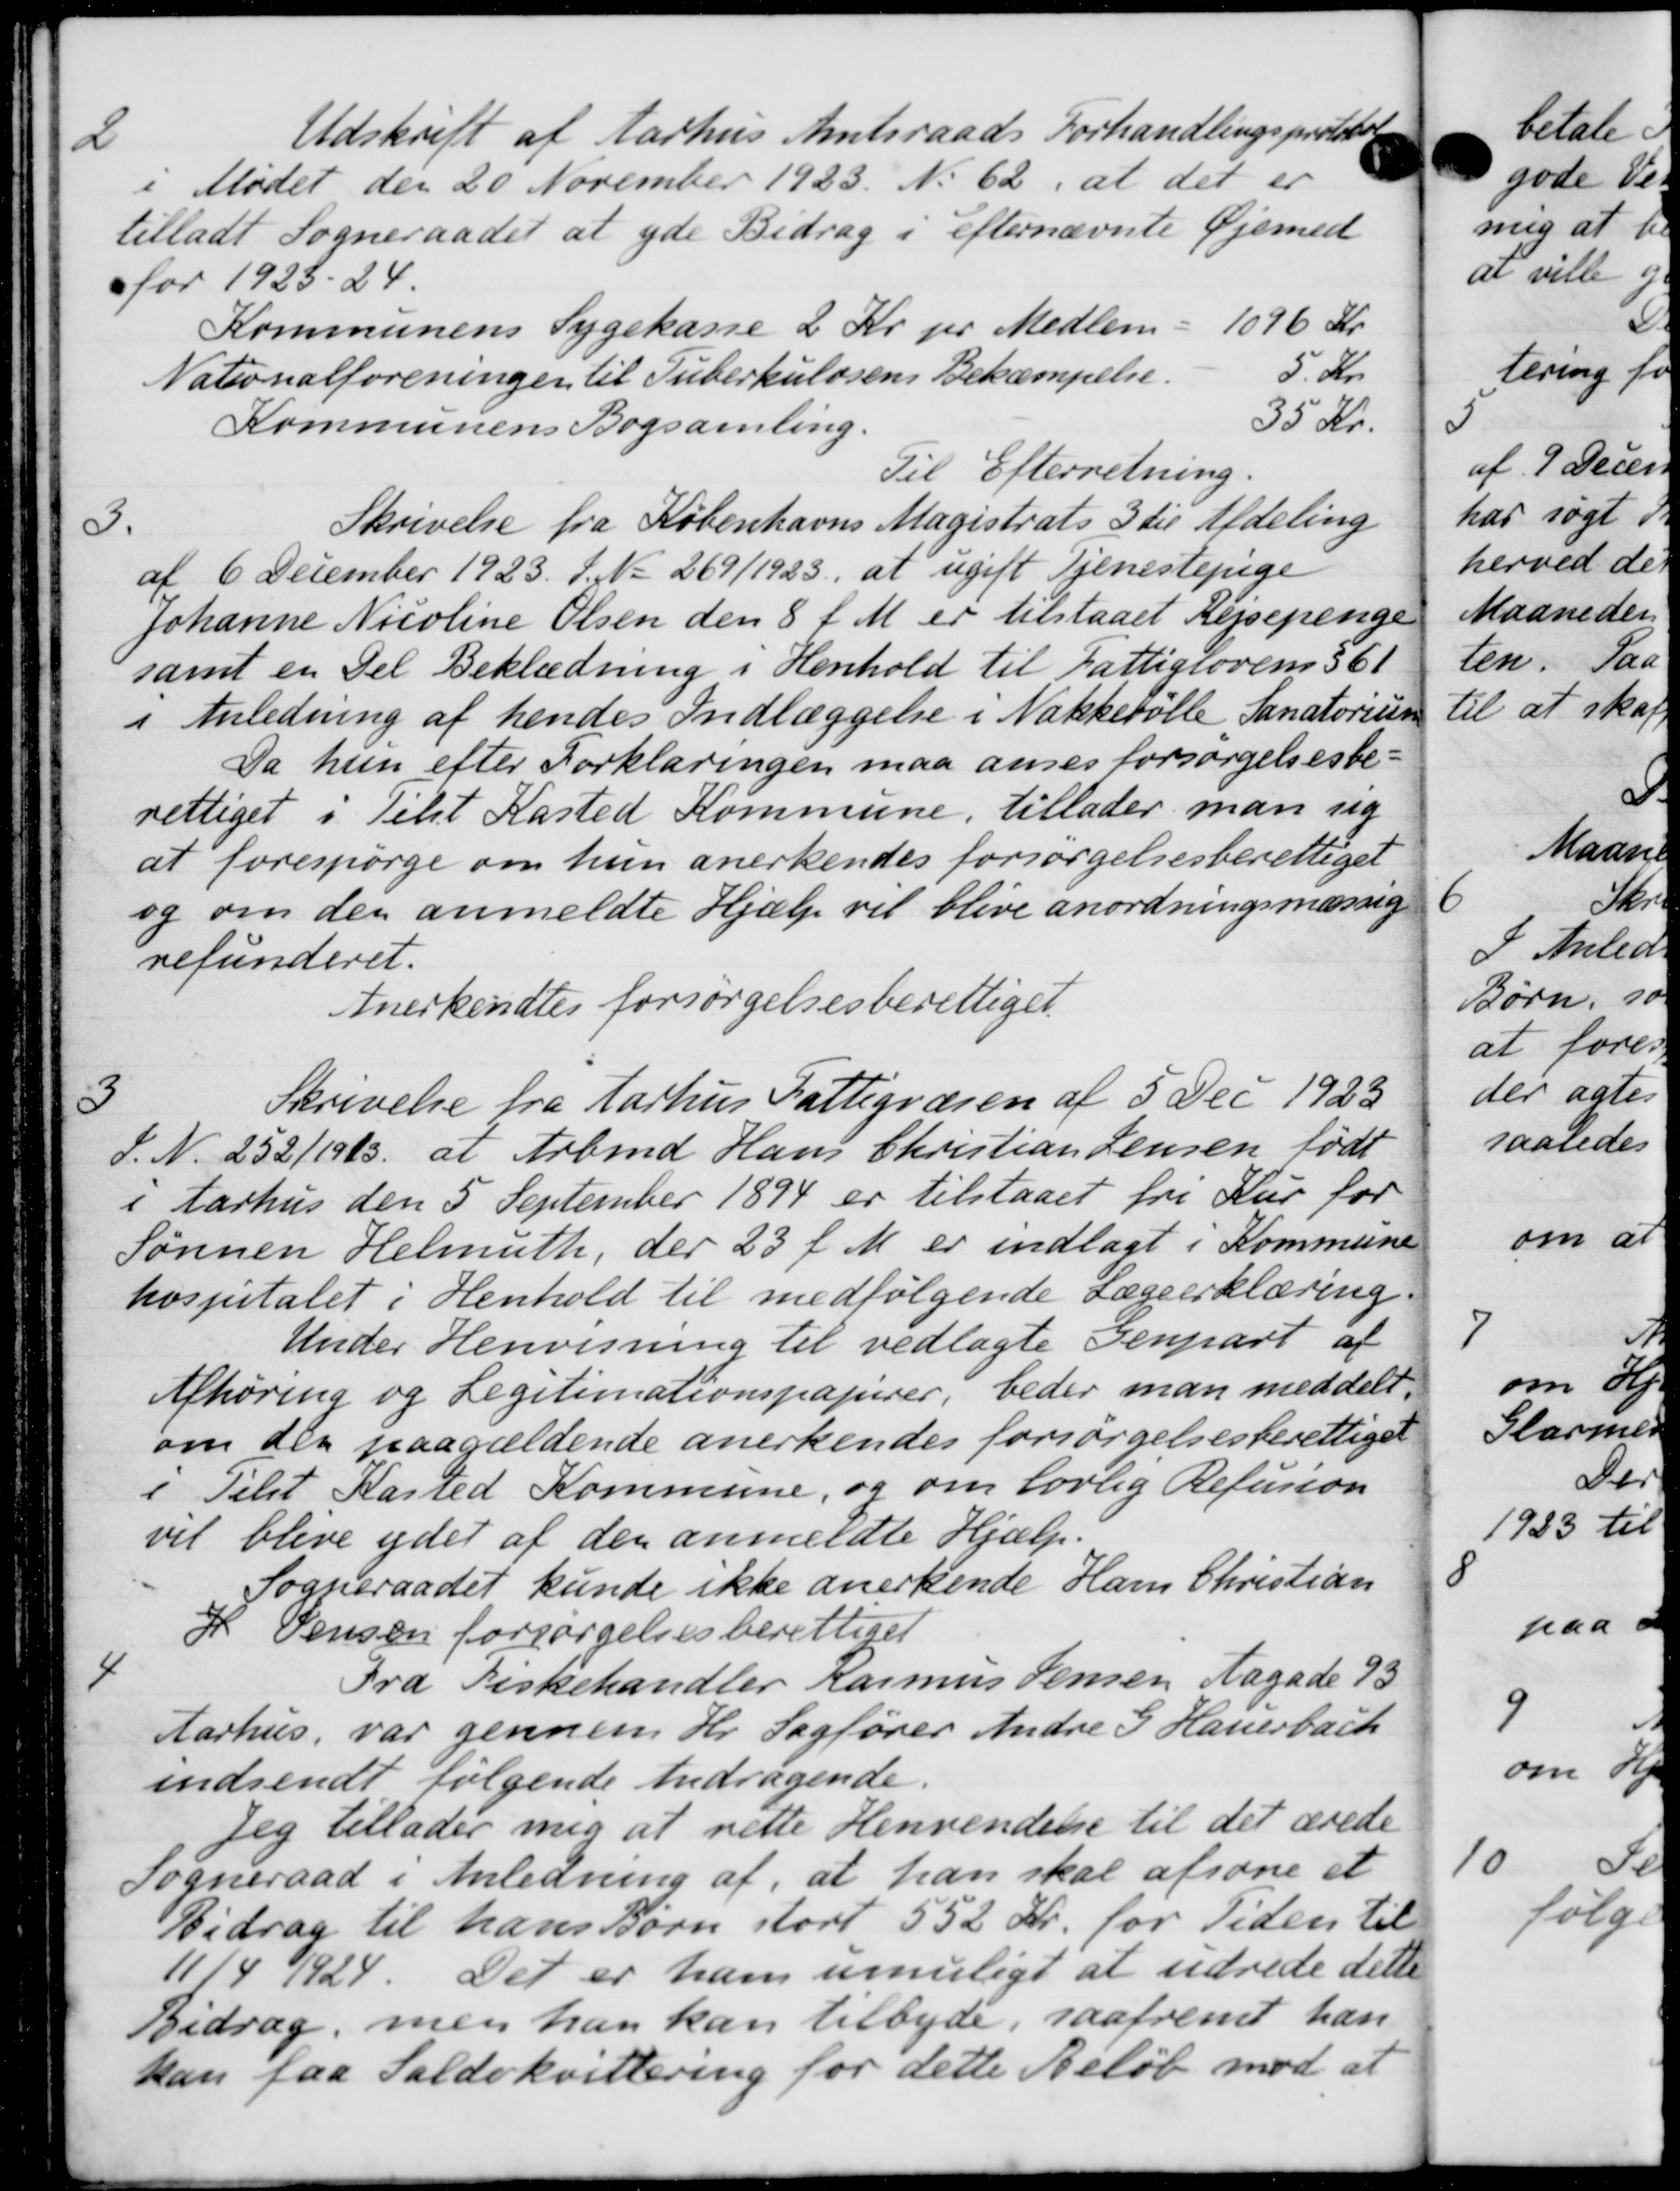
Transskription:
2
Udskrift af Aarhus Amtsraads Forhandlingsprotokol
Mødet den 20 November 1923. No 62, at det er
tilladt Sogneraadet at yde Bidrag i Efternævnte Øjemed
for 1923-24.
Kommunens Sygekasse 2 Kr pr Medlem - 1096 Kr.
Nationalforeningen til Tuberkulosens Bekæmpelse. 5 Kr.
Kommunens Bogsamling. 35 Kr.
Til Efterretning.
3.
Skrivelse fra Københavns Magistrats 3die Afdeling
af 6 December 1923. S. No 269/1923, at ugift Tjenestepige
Johanne Nicoline Olsen den 8 f. M. er tilstaaet Rejsepenge
samt en Del Beklædning i Henhold til Fattiglovens § 61
i Anledning af hendes Indlæggelse i Nakkeballe Sanatorium
Da hun efter Forklaringen maa anses forsørgelsesbe-
rettiget i Tilst Kasted Kommune, tillader man sig
at forespørge om hun anerkendes forsørgelsesberettiget
og om den anmeldte Hjælp vil blive anordningsmæssig
refunderet.
Anerkendtes forsørgelsesberettiget

Skrivelse fra Aarhus Fattigvæsen af 5 Dec 1923
S. N. 252/1913 at Arbmd Hans Christian Jensen født
i Aarhus den 5 September 1894 er tilstaaet fri Kur for
Sønnen Helmuth, der 23 f. M. er indlagt i Kommune
hospitalet i Henhold til medfølgende Lægeerklæring.
Under Henvisning til vedlagte Genpart af
Afhøring og Legitimationspapirer, beder man meddelt,
om den paagældende anerkendes forsørgelsesberettiget
i Tilst Kasted Kommune, og om lovlig Refusion
vil blive ydet af den anmeldte Hjælp.
Sogneraadet kunde ikke anerkende Hans Christian
H. Jensen forsørgelsesberettiget

Fra Fiskehandler Rasmus Jensen Nagade 93
Aarhus var gennem Hr. Sagfører Andre S Hauerback
indsendt følgende Andragende.
Jeg tillader mig at rette Henvendene til det ærede
Sogneraad i Anledning af, at han skal afsone et
Bidrag til hans Børn stort 552 Kr. for Tiden til
11/4 1924. Det er ham umuligt at udrede dette
Bidrag, men han kan tilbyde, saafremt han
kan faa Saldokvittering for dette Beløb mod at